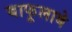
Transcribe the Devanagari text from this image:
बाफूलाबे